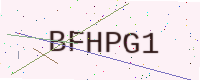
Text: BFHPG1